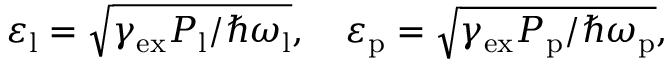
\begin{array} { r } { \varepsilon _ { \mathrm { l } } = \sqrt { \gamma _ { \mathrm { e x } } P _ { \mathrm { l } } / \hbar \omega _ { \mathrm { l } } } , \quad \varepsilon _ { \mathrm { p } } = \sqrt { \gamma _ { \mathrm { e x } } P _ { \mathrm { p } } / \hbar \omega _ { \mathrm { p } } } , } \end{array}